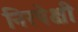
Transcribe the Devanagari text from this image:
निरपेक्षी